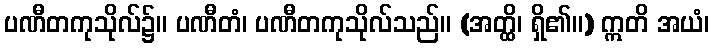
ပဏီတကုသိုလ်၌။ ပဏီတံ၊ ပဏီတကုသိုလ်သည်။ (အတ္ထိ၊ ရှိ၏။) ဣတိ အယံ၊